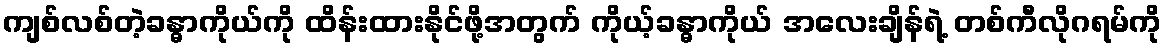
ကျစ်လစ်တဲ့ခန္ဓာကိုယ်ကို ထိန်းထားနိုင်ဖို့အတွက် ကိုယ့်ခန္ဓာကိုယ် အလေးချိန်ရဲ့ တစ်ကီလိုဂရမ်ကို